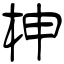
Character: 柛